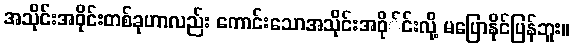
အသိုင်းအဝိုင်းတစ်ခုဟာလည်း ကောင်းသောအသိုင်းအဝို်င်းလို့ မပြောနိုင်ပြန်ဘူး။